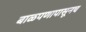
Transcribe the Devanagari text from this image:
बाळपणापासूनच